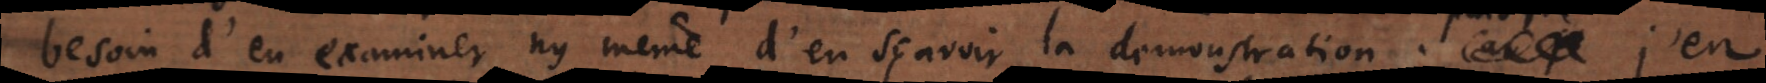
besoin d’en examiner ny même d’en sçavoir la demonstration. Car